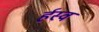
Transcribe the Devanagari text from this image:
र्हस्व